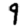
Digit: 9